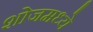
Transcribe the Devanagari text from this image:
शोजमध्ये